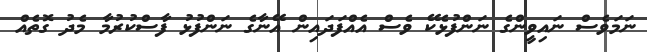
ނަމަވެސް ނައިވީންގެ ނަންފުޅެކޭ ވެސް އެއްފަދައިން އޭނާގެ ނަންފުޅު ފާސްކުރުމާ މެދު ގޮތެއް